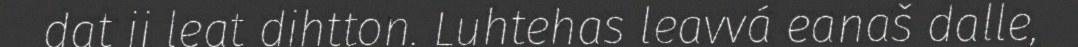
dat ii leat dihtton. Luhtehas leavvá eanaš dalle,